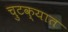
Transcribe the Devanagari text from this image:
चुटक्यात